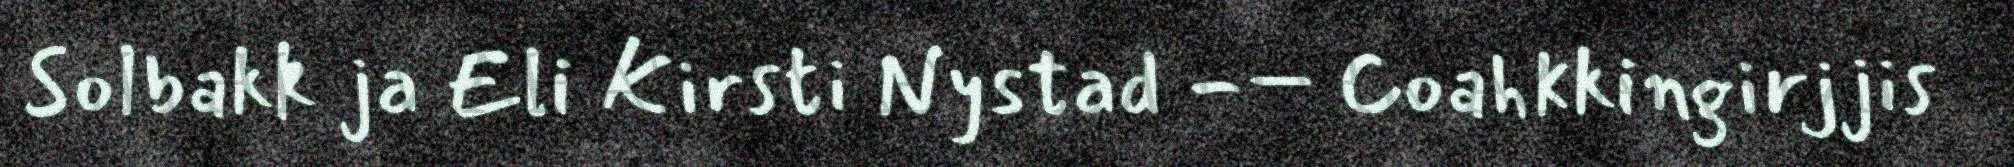
Solbakk ja Eli Kirsti Nystad -– Coahkkingirjjis